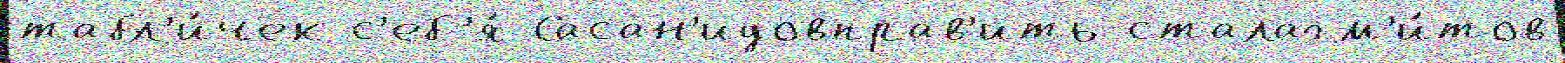
табл'и́чек с'еб'я́ Сасан'идовправ'ить сталагм'и́тов